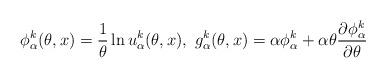
LaTeX: \begin{align*}\phi^k_{\alpha}(\theta,x)= \frac{1}{\theta} \ln u^k_{\alpha}(\theta,x), \ g^k_{\alpha}(\theta,x)= \alpha \phi^k_{\alpha} + \alpha\theta\frac{\partial \phi^k_{\alpha}}{\partial \theta} \end{align*}